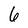
Character: 6